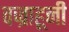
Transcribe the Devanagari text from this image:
वज्राहूनी